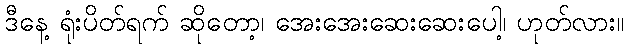
ဒီနေ့ ရုံးပိတ်ရက် ဆိုတော့၊ အေးအေးဆေးဆေးပေါ့၊ ဟုတ်လား။